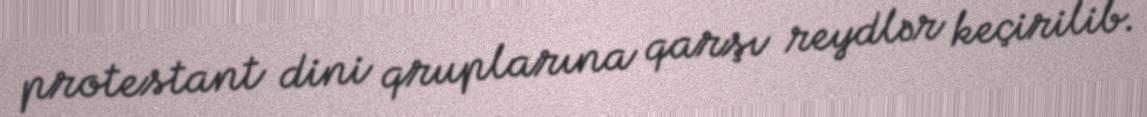
protestant dini qruplarına qarşı reydlər keçirilib.